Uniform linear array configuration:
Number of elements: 24
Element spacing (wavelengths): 0.5
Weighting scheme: kaiser
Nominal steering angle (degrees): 60
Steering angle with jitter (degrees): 61.43
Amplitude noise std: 0.05
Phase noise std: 0.05

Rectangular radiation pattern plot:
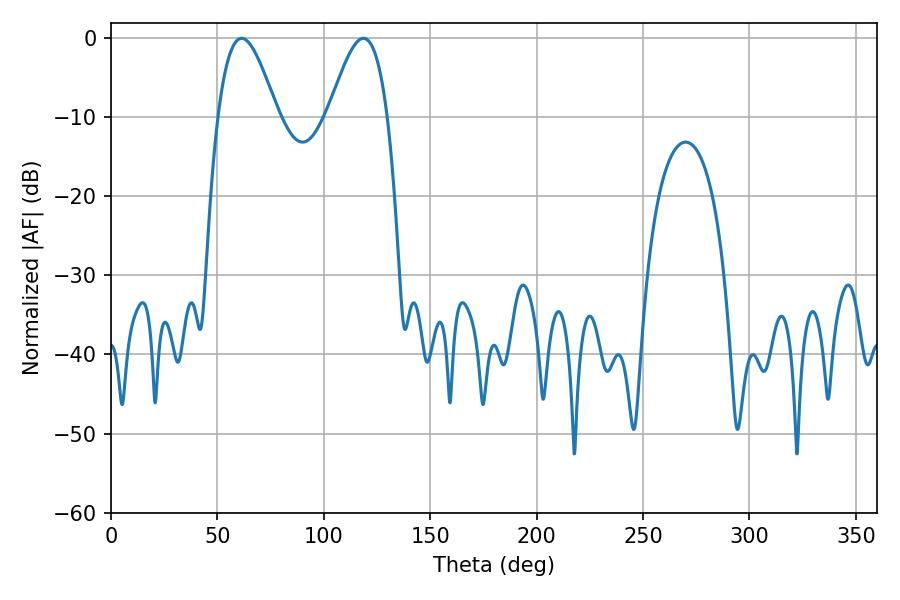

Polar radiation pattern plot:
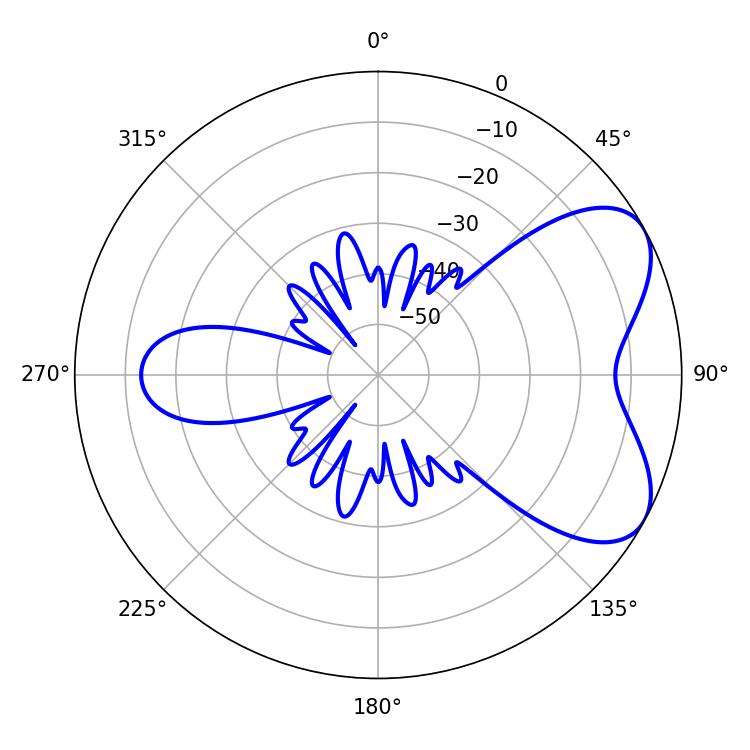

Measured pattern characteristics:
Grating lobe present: FALSE
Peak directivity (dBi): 5.946
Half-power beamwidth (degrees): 15.12
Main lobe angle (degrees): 61.38